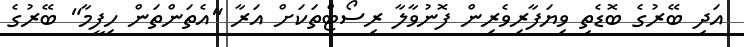
އަދި ބޭރުގެ ބޮޑެތި ވިޔަފާރިވެރިން ފޮނުވާލާ ރިސޯޓްތަކަށް އަރާ "އެތަންތަން ހިފީމާ" ބޭރުގެ